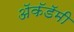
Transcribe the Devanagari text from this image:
अॅकॅडॅमी